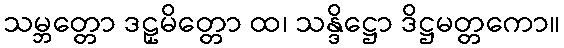
သမ္ဘတ္တော ဒဠှမိတ္တော ထ၊ သန္ဒိဋ္ဌော ဒိဋ္ဌမတ္တကော။